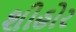
શીહોર